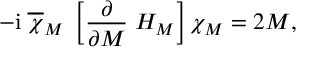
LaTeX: - \mathrm { i } \; \overline { { \chi } } _ { M } \; \left[ \frac { \partial } { \partial M } \; H _ { M } \right] \chi _ { M } = 2 M ,